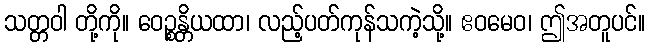
သတ္တဝါ တို့ကို။ ဝေဉ္စန္တိယထာ၊ လည့်ပတ်ကုန်သကဲ့သို့။ ဧဝမေဝ၊ ဤအတူပင်။